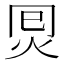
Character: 𰞂